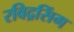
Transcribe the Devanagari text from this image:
रविद्रसिंग